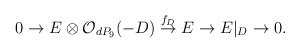
\begin{align*}0 \rightarrow E \otimes {\cal O}_{dP_9} (-D)\stackrel{f_D}{\rightarrow} E\rightarrow E|_{D} \rightarrow 0.\end{align*}